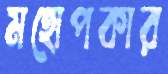
মহোপকার